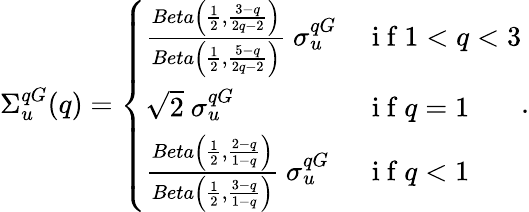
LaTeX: \Sigma_{u}^{qG}(q)=\left\{ \begin{array}{ll}{\frac{Beta\left(\frac{1}{2},\frac{3-q}{2q-2}\right)}{Beta\left(\frac{1}{2},\frac{5-q}{2q-2}\right)}\ \sigma_{u}^{qG}}&{\mathrm{~i~f~}1<q<3}\\ {\sqrt{2}\ \sigma_{u}^{qG}}&{\mathrm{~i~f~}q=1}\\ {\frac{Beta\left(\frac{1}{2},\frac{2-q}{1-q}\right)}{Beta\left(\frac{1}{2},\frac{3-q}{1-q}\right)}\ \sigma_{u}^{qG}}&{\mathrm{~i~f~}q<1}\end{array}\right..